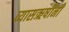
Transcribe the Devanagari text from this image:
व्यासऋषींनी